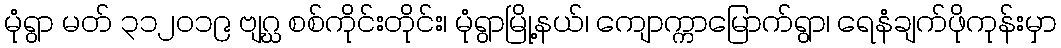
မုံရွာ မတ် ၃၁၂၀၁၉ ဗျဂ္ဃ စစ်ကိုင်းတိုင်း၊ မုံရွာမြို့နယ်၊ ကျောက္ကာမြောက်ရွာ၊ ရေနံချက်ဖိုကုန်းမှာ